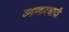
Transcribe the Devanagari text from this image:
व्याकरणादी